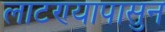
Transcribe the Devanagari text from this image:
लाटण्यापासुन